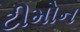
ટીમોન